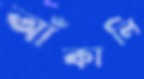
আঁকালি